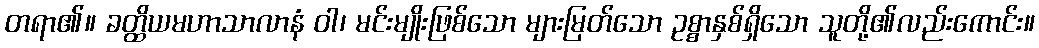
တရာ၏။ ခတ္ထိယမဟာသာလာနံ ဝါ၊ မင်းမျိုးဖြစ်သော များမြတ်သော ဥစ္စာနှစ်ရှိသော သူတို့၏လည်းကောင်း။